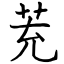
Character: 茺